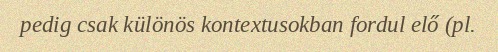
pedig csak különös kontextusokban fordul elő (pl.